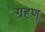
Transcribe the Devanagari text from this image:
ग्रह्र्ण